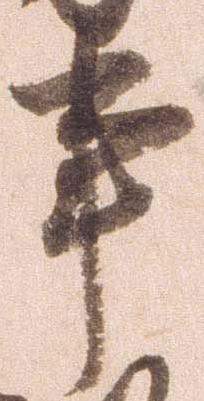
事